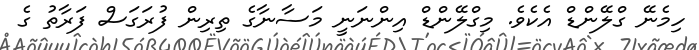
ހިމެނޭ ގްލޭންޑް އެކެވެ. މިގްލޭންޑް އިންނަނީ މަސާނާގެ ތިރިން ފުރަގަސް ފަރާތު ގެ